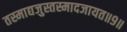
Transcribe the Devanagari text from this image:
तस्माद्यजुस्तस्मादजायत॥९॥